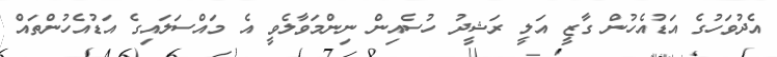
އެދުވަހުގެ އަޑުއެހުން ގާޒީ އަލީ ރަޝީދު ހުސެއިން ނިންމަވާލެވީ އެ މައްސަލައިގެ އަޑުއެހުންތައް